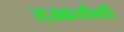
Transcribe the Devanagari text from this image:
राजकर्त्यांनाही